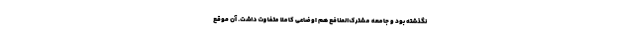
نگذشته بود و جامعه مشترک‌المنافع هم اوضاعی کاملا متفاوت داشت. آن موقع